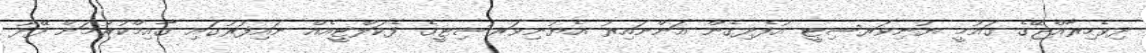
ދިވެހިރާއްޖޭގެ ގައުމީ ޔުނިވަރސިޓީ އުފެދިގެން އަންނައިރު އެޔުނިވަރސިޓީގެ ފެކަލްޓީއެއް ނައިފަރުގައި ގާއިމްކުރުމަށް ފޭދޫ